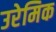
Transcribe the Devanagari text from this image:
उरेमिक